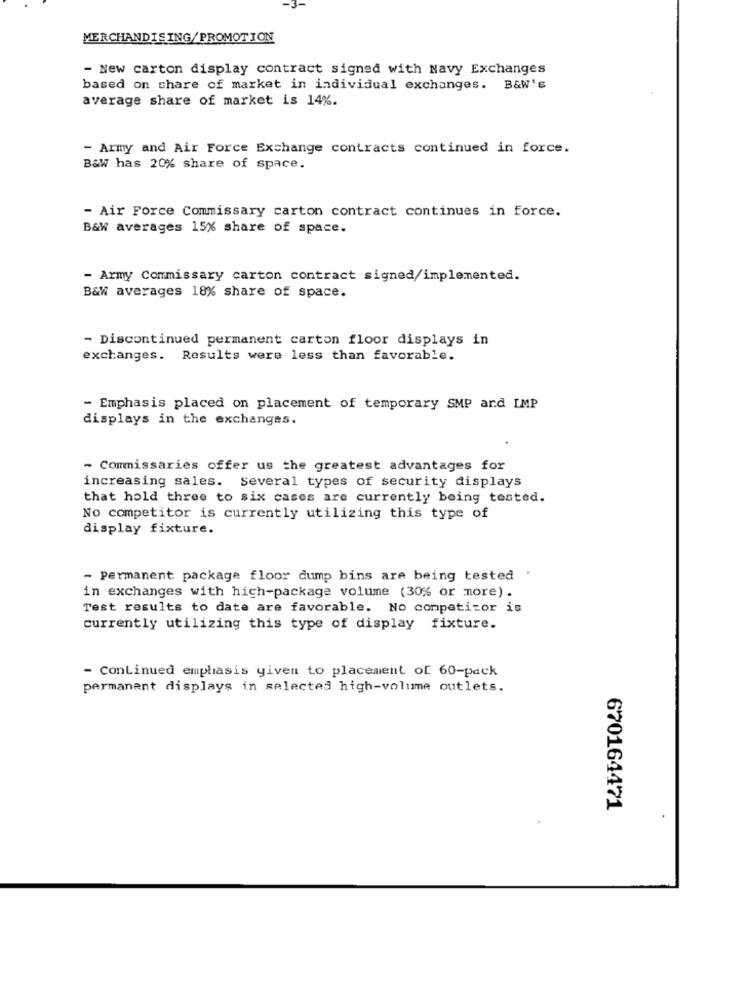
MERCHANDISING/PROMOTION
- New carton display contract signed with Navy Exchanges
based on share of market in individual exchanges. B&W's
average share of market is 14%.
- Army and Air Force Exchange contracts continued in force.
B&W has 20% share of space.
- Air Force Commissary carton contract continues in force.
B&W averages 15% share of space.
- Army Commissary carton contract signed/implemented.
B&W averages 18% share of space.
- Discontinued permanent carton floor displays in
exchanges. Results were less than favorable.
- Emphasis placed on placement of temporary SMP and IMP
displays in the exchanges.
- Commissaries offer us the greatest advantages for
increasing sales. Several types of security displays
that hold three to six cases are currently being tested.
No competitor is currently utilizing this type of
display fixture.
- Permanent package floor dump bins are being tested
in exchanges with high-package volume (30% or more) .
Test results to date are favorable. No competitor is
currently utilizing this type of display fixture.
- Continued emphasis given to placement of 60-pack
permanent displays in selected high-volume outlets.
670164471
.